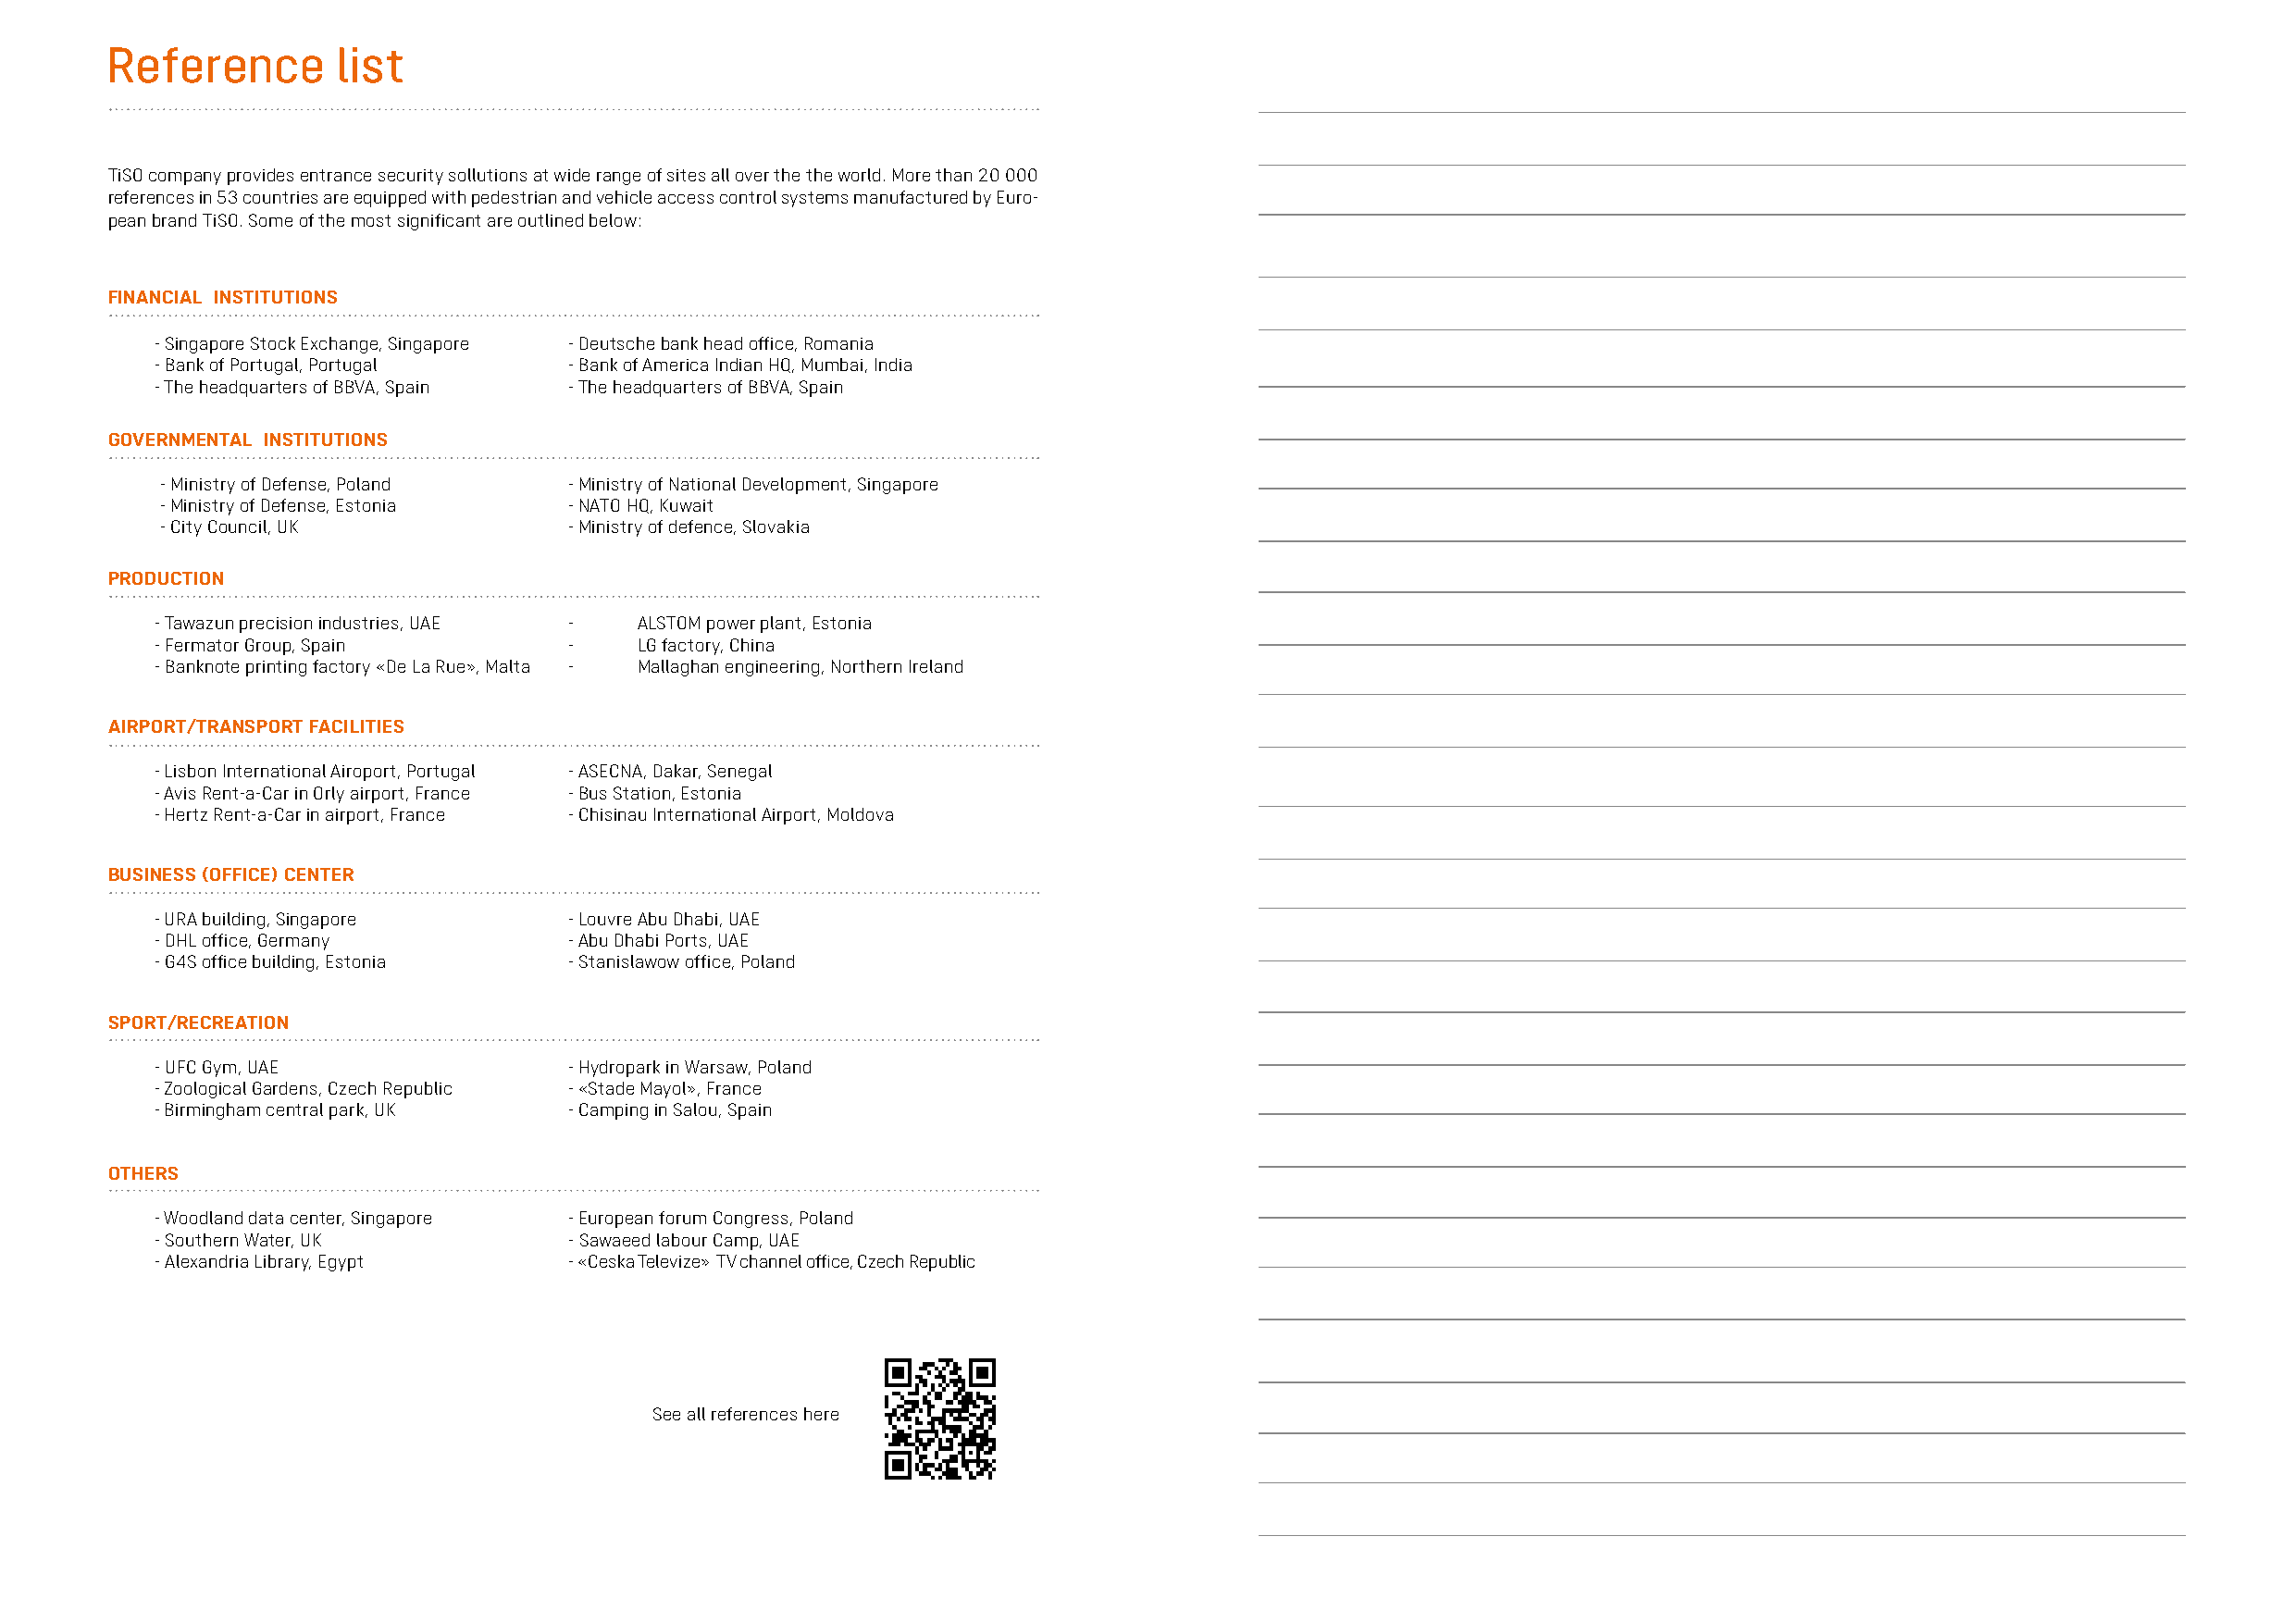
Reference       list
 TiSO company provides entrance security sollutions at wide range of sites all over the the world. More than 20 000
 references in 53 countries are equipped with pedestrian and vehicle access control systems manufactured by Euro-
 pean brand TiSO. Some of the most significant are outlined below:
 FINANCIAL INSTITUTIONS
 - Singapore Stock Exchange, Singapore - Deutsche bank head office, Romania
 - Bank of Portugal, Portugal  - Bank of America Indian HQ, Mumbai, India
 - The headquarters of BBVA, Spain - The headquarters of BBVA, Spain
 GOVERNMENTAL INSTITUTIONS
 - Ministry of Defense, Poland - Ministry of National Development, Singapore
 - Ministry of Defense, Estonia - NATO HQ, Kuwait
 - City Council, UK            - Ministry of defence, Slovakia
 PRODUCTION
 - Tawazun precision industries, UAE - ALSTOM power plant, Estonia
 - Fermator Group, Spain       -    LG factory, China
 - Banknote printing factory «De La Rue», Malta - Mallaghan engineering, Northern Ireland
 AIRPORT/TRANSPORT FACILITIES
 - Lisbon International Airoport, Portugal - ASECNA, Dakar, Senegal
 - Avis Rent-a-Car in Orly airport, France - Bus Station, Estonia
 - Hertz Rent-a-Car in airport, France - Chisinau International Airport, Moldova
 BUSINESS (OFFICE) CENTER
 - URA building, Singapore     - Louvre Abu Dhabi, UAE
 - DHL office, Germany         - Abu Dhabi Ports, UAE
 - G4S office building, Estonia - Stanislawow office, Poland
 SPORT/RECREATION
 - UFC Gym, UAE                - Hydropark in Warsaw, Poland
 - Zoological Gardens, Czech Republic - «Stade Mayol», France
 - Birmingham central park, UK - Camping in Salou, Spain
 OTHERS
 - Woodland data center, Singapore - European forum Congress, Poland
 - Southern Water, UK          - Sawaeed labour Camp, UAE
 - Alexandria Library, Egypt   - «Ceska Televize» TV channel office, Czech Republic
 See all references here